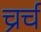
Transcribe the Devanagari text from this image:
च्रर्च